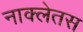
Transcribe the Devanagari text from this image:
नाक्लेतस